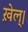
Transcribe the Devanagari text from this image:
ख़ेल्।